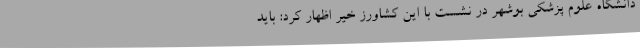
دانشگاه علوم پزشکی بوشهر در نشست با این کشاورز خیر اظهار کرد: باید